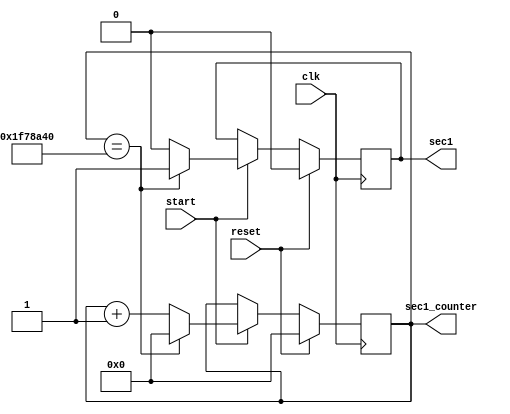
`timescale 1ns / 1ps
//////////////////////////////////////////////////////////////////////////////////
// Company: 
// Engineer: 
// 
// Design Name: 
// Module Name:    pulse 
// Project Name: 
// Target Devices: 
// Tool versions: 
// Description: 
//
// Dependencies: 
//
// Revision: 
// Revision 0.01 - File Created
// Additional Comments: 
//
//////////////////////////////////////////////////////////////////////////////////
module pulse1(
		  clk,

        reset,

        start,

        sec1,

        sec1_counter
	 );
input                   clk;

        input                   reset;

        input                   start;

        output reg              sec1;

        output reg      [31:0]  sec1_counter;



        parameter       [31:0]  param_1second = 32'h01F78A40;



        always @(posedge clk)

        begin

                if (reset) begin

                        sec1_counter <= 32'b0;

                        sec1         <= 1'b0;

                end else begin

                        if (start) begin

                                if (sec1_counter == param_1second) begin

                                        sec1_counter <= 32'b0;

                                        sec1         <= 1'b1;

                                end else begin

                                        sec1_counter <= sec1_counter + 1;

                                        sec1         <= 1'b0;

                                end

                        end

                end

        end



endmodule